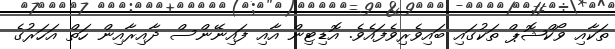
ތަކާއި ވޯކްޝޮޕް ތަކުގައި ބައިވެރިވެފައެވެ. އޮޑިޓިން އާއި ފައިނޭންސް ދާއިރާއިން ހަތް އަހަރުގެ